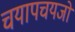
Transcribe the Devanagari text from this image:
चयापचयजों